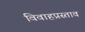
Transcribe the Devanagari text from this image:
विवाहप्रस्ताव